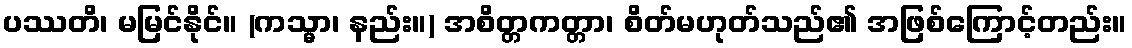
ပဿတိ၊ မမြင်နိုင်။ (ကသ္မာ၊ နည်း။) အစိတ္တကတ္တာ၊ စိတ်မဟုတ်သည်၏ အဖြစ်ကြောင့်တည်း။